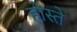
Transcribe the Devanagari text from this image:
होस्ते